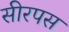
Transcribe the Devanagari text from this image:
सीरपस